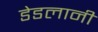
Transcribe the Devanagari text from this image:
डेडलानी